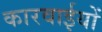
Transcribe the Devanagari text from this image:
कारवाईयों